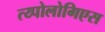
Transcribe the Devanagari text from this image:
त्य्पोलोगिएस